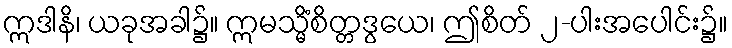
ဣဒါနိ၊ ယခုအခါ၌။ ဣမသ္မိံစိတ္တဒွယေ၊ ဤစိတ် ၂-ပါးအပေါင်း၌။